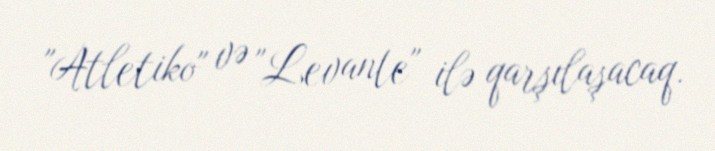
"Atletiko" və "Levante" ilə qarşılaşacaq.